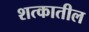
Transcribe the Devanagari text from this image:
शत्कातील